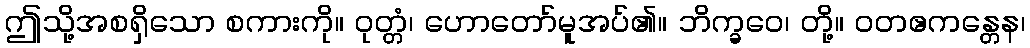
ဤသို့အစရှိသော စကားကို။ ဝုတ္တံ၊ ဟောတော်မူအပ်၏။ ဘိက္ခဝေ၊ တို့။ ဝတဧကန္တေန၊